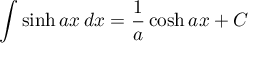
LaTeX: \int \sinh a x \, d x = { \frac { 1 } { a } } \cosh a x + C